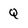
Character: Q